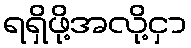
ရရှိဖို့အလို့ငှာ